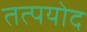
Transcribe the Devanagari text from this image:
तत्पयोद